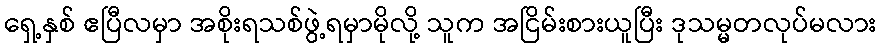
ရှေ့နှစ် ဧပြီလမှာ အစိုးရသစ်ဖွဲ့ရမှာမိုလို့ သူက အငြိမ်းစားယူပြီး ဒုသမ္မတလုပ်မလား